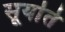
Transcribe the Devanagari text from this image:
सूर्याते